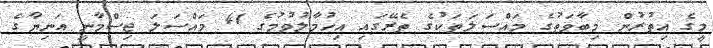
މީގެ އިތުރުން މިބާވަތުގެ މައްސަލަތަކުގެ ތެރޭގައި އިހުމާލުވުމުގެ 41 މައްސަލަ ޖިސްމާނީ އަނިޔާގެ